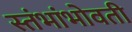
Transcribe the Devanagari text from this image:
स्तंभांभोवती